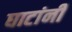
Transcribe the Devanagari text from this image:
घाटांनी